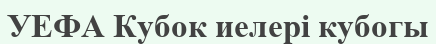
УЕФА Кубок иелері кубогы